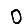
Digit: 0